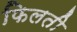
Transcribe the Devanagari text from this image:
फिलती